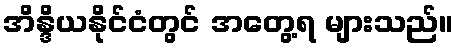
အိန္ဒိယနိုင်ငံတွင် အတွေ့ရ များသည်။